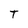
Character: T